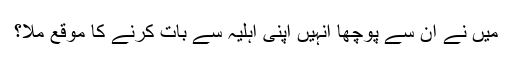
میں نے ان سے پوچھا انہیں اپنی اہلیہ سے بات کرنے کا موقع ملا؟